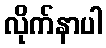
လိုက်နာပါ